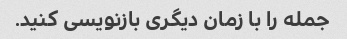
جمله را با زمان دیگری بازنویسی کنید.